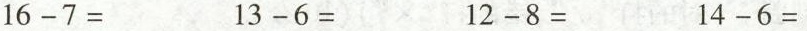
$$1 6 - 7 =$$ $$1 3 - 6 =$$ $$1 2 - 8 =$$ $$1 4 - 6 =$$